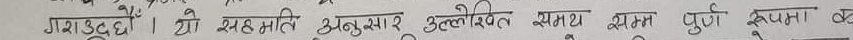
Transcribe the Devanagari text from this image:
गराउँदछौ। यो सहमति अनुसार उल्लेखित समस्या पूर्ण रूपमा क